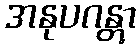
အနုပဂန္တွာ